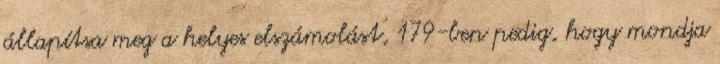
állapítsa meg a helyes elszámolást, 179-ben pedig, hogy mondja